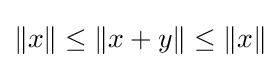
\|x\|\leq \|x+y\|\leq \|x\|